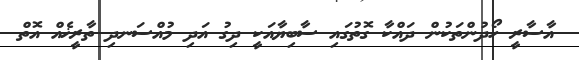
އާސާރީ ހޯދުންތަކުން ދައްކާ ގޮތުގައި ސާބިޔާއަކީ ދިގު އަދި މުއްސަނދި ތާރީޚެއް އޮތް